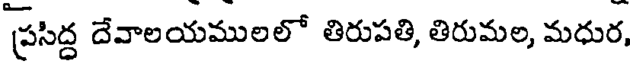
ప్రసిద్ద దేవాలయములలో తిరుపతి, తిరుమల, మధుర,